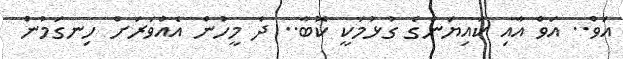
އަވް.. އަވް އާއި ކައިޔަންގެ ގުޅުމަކީ ކޮބާ.. ދެ މީހުން އެއްވަރަށް ހިނގަމުން